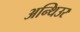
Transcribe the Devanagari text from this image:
अन्थिउर